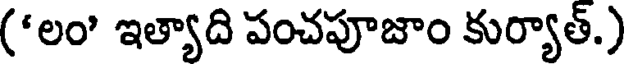
('లం' ఇత్యాది పంచపూజాం కుర్యాత్.)